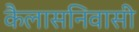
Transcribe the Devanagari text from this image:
कैलासनिवासी